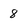
Character: 8